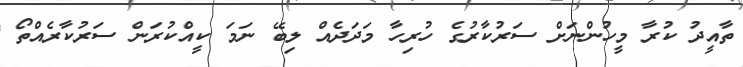
ތާއީދު ކުރާ މީހުންނަށް ސަރުކާރުގެ ހުރިހާ މަދަދެއް ލިބޭ ނަމަ ކީއްކުރަން ސަރުކާރެއްތޯ